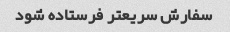
سفارش سریعتر فرستاده شود